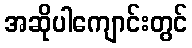
အဆိုပါကျောင်းတွင်